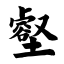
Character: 壑